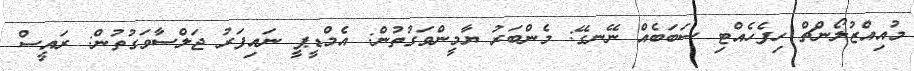
މުއިއްޒުލޯންޗް ހިފެހެއްޓި ސަބަބެއް ނޭނގޭ: މެންބަރު ޔާމީންވަގުތުން: އެމްޑީޕީ ނައިފަރު ޖަލްސާވަގުތުން: ރައީސް